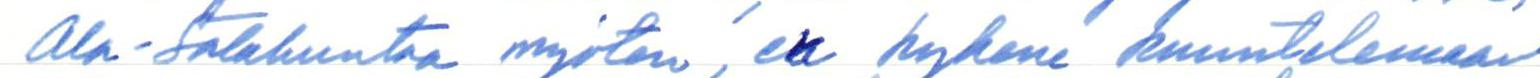
Ala-Satakuntaa myöten, en kykene kuuntelemaan